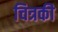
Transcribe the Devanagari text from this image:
चित्रकी